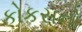
કોકસનો